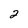
Character: 2